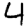
Digit: 4